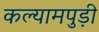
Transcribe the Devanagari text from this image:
कल्यामपुड़ी